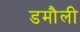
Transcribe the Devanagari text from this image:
डमाैली